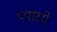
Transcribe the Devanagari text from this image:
प्यारमे